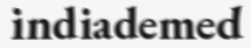
indiademed